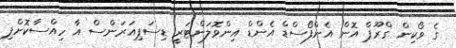
ގެ ވޯކިން ގްރޫޕް އޮން އެންފޯސްޑް އެންޑް އިންވޮލަންޓަރީ ޑިސަޕިއަރަންސް އާ ހިއްސާކޮށްފި